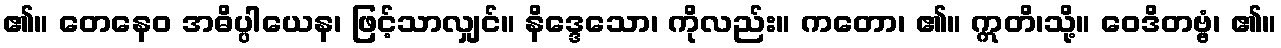
၏။ တေနေဝ အဓိပ္ပါယေန၊ ဖြင့်သာလျှင်။ နိဒ္ဒေသော၊ ကိုလည်း။ ကတော၊ ၏။ ဣတိ၊သို့။ ဝေဒိတဗ္ဗံ၊ ၏။